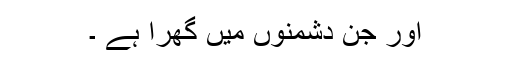
اور جن دشمنوں میں گھرا ہے ۔